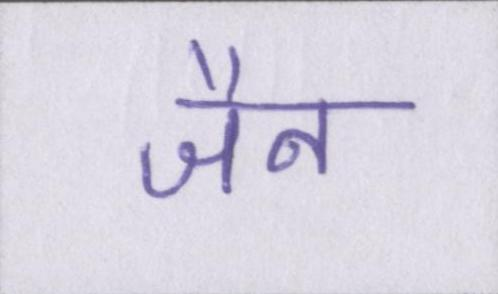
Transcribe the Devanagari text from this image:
जैन